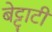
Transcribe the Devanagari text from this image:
बेट्टाटी